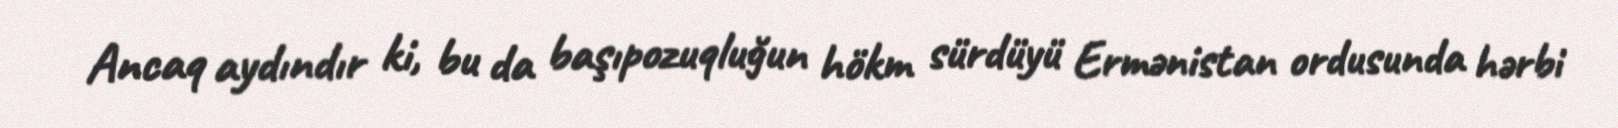
Ancaq aydındır ki, bu da başıpozuqluğun hökm sürdüyü Ermənistan ordusunda hərbi